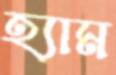
হ্যাম